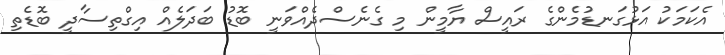
އެކަމަކު އަޅުގަނޑުމެންގެ ރައީސް ޔާމީން މި ގެނެސްދެއްވަނީ ބޮޑު ބަދަލެއް އިގްތިސާދީ ބޮޑެތި